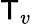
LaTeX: \mathsf{T}_{v}